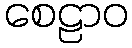
စေဠာဝ